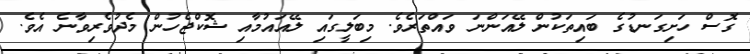
ގޮސް ހަށިގަނޑުގެ ބައިތަކުން ލޭއަންނަ ވައްތަރެވެ. މިބަލީގައި ލޭއައުމާއި ޝޮކްޖެހުން މެދުވެރިވާނެ އެވެ.